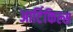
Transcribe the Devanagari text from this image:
आर्टिकिल्स